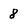
Character: 8